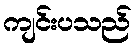
ကျင်းပသည်